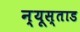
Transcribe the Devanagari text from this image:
न्यूस्ताड